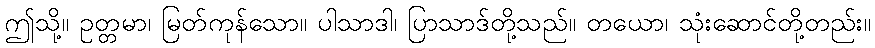
ဤသို့။ ဥတ္တမာ၊ မြတ်ကုန်သော။ ပါသာဒါ၊ ပြာသာဒ်တို့သည်။ တယော၊ သုံးဆောင်တို့တည်း။